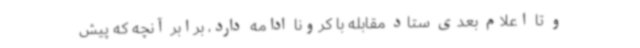
و تا اعلام بعدی ستاد مقابله با کرونا ادامه دارد، برابر آنچه که پیش